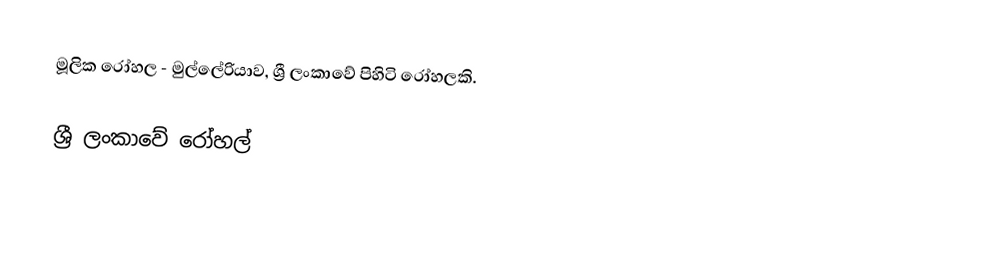
මූලික රෝහල - මුල්ලේරියාව, ශ්‍රී ලංකාවේ පිහිටි රෝහලකි.

ශ්‍රී ලංකාවේ රෝහල්